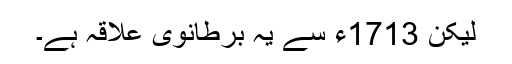
لیکن 1713ء سے یہ برطانوی علاقہ ہے۔